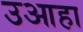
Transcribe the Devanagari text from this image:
उआहा